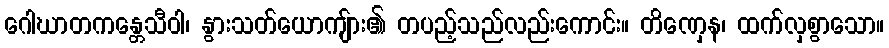
ဂေါဃာတကန္တေသီဝါ၊ နွားသတ်ယောကျ်ား၏ တပည့်သည်လည်းကောင်း။ တိဏှေန၊ ထက်လှစွာသော။